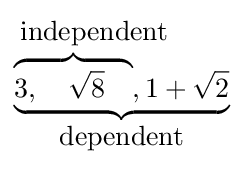
{\begin{matrix}{\mbox{independent}}\qquad \\\underbrace {\overbrace {3,\quad {\sqrt {8}}\quad } ,1+{\sqrt {2}}} \\{\mbox{dependent}}\\\end{matrix}}